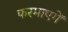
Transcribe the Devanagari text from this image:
फरमाएगें